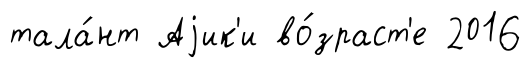
тала́нт Аjик'и во́зраст'е 2016